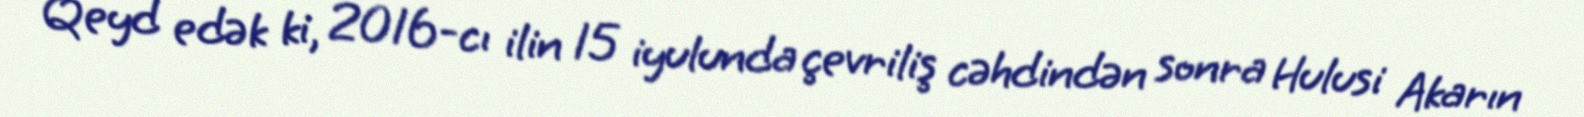
Qeyd edək ki, 2016-cı ilin 15 iyulunda çevriliş cəhdindən sonra Hulusi Akarın